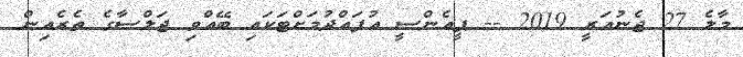
މާލެ 27 ޖެނުއަރީ 2019 -- ޕީއެންސީ އުފައްދުމަށްޓަކައި ބޭއްވި ޖަލްސާގެ ތެރެއިން